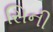
સિની